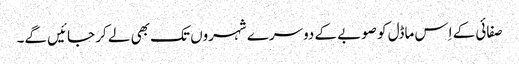
صفائی کے اِس ماڈل کو صوبے کے دوسرے شہروں تک بھی لے کر جائیں گے۔